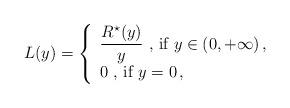
LaTeX: \begin{align*}L(y)=\left\{\begin{array}{l}\displaystyle{\frac{R^{\star}(y)}{y} \mbox{ , if } y \in (0,+\infty) \,,}\\ [0.2cm] 0 \mbox{ , if } y =0 \,,\end{array}\right.\end{align*}